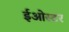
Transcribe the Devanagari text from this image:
ईओस्टर